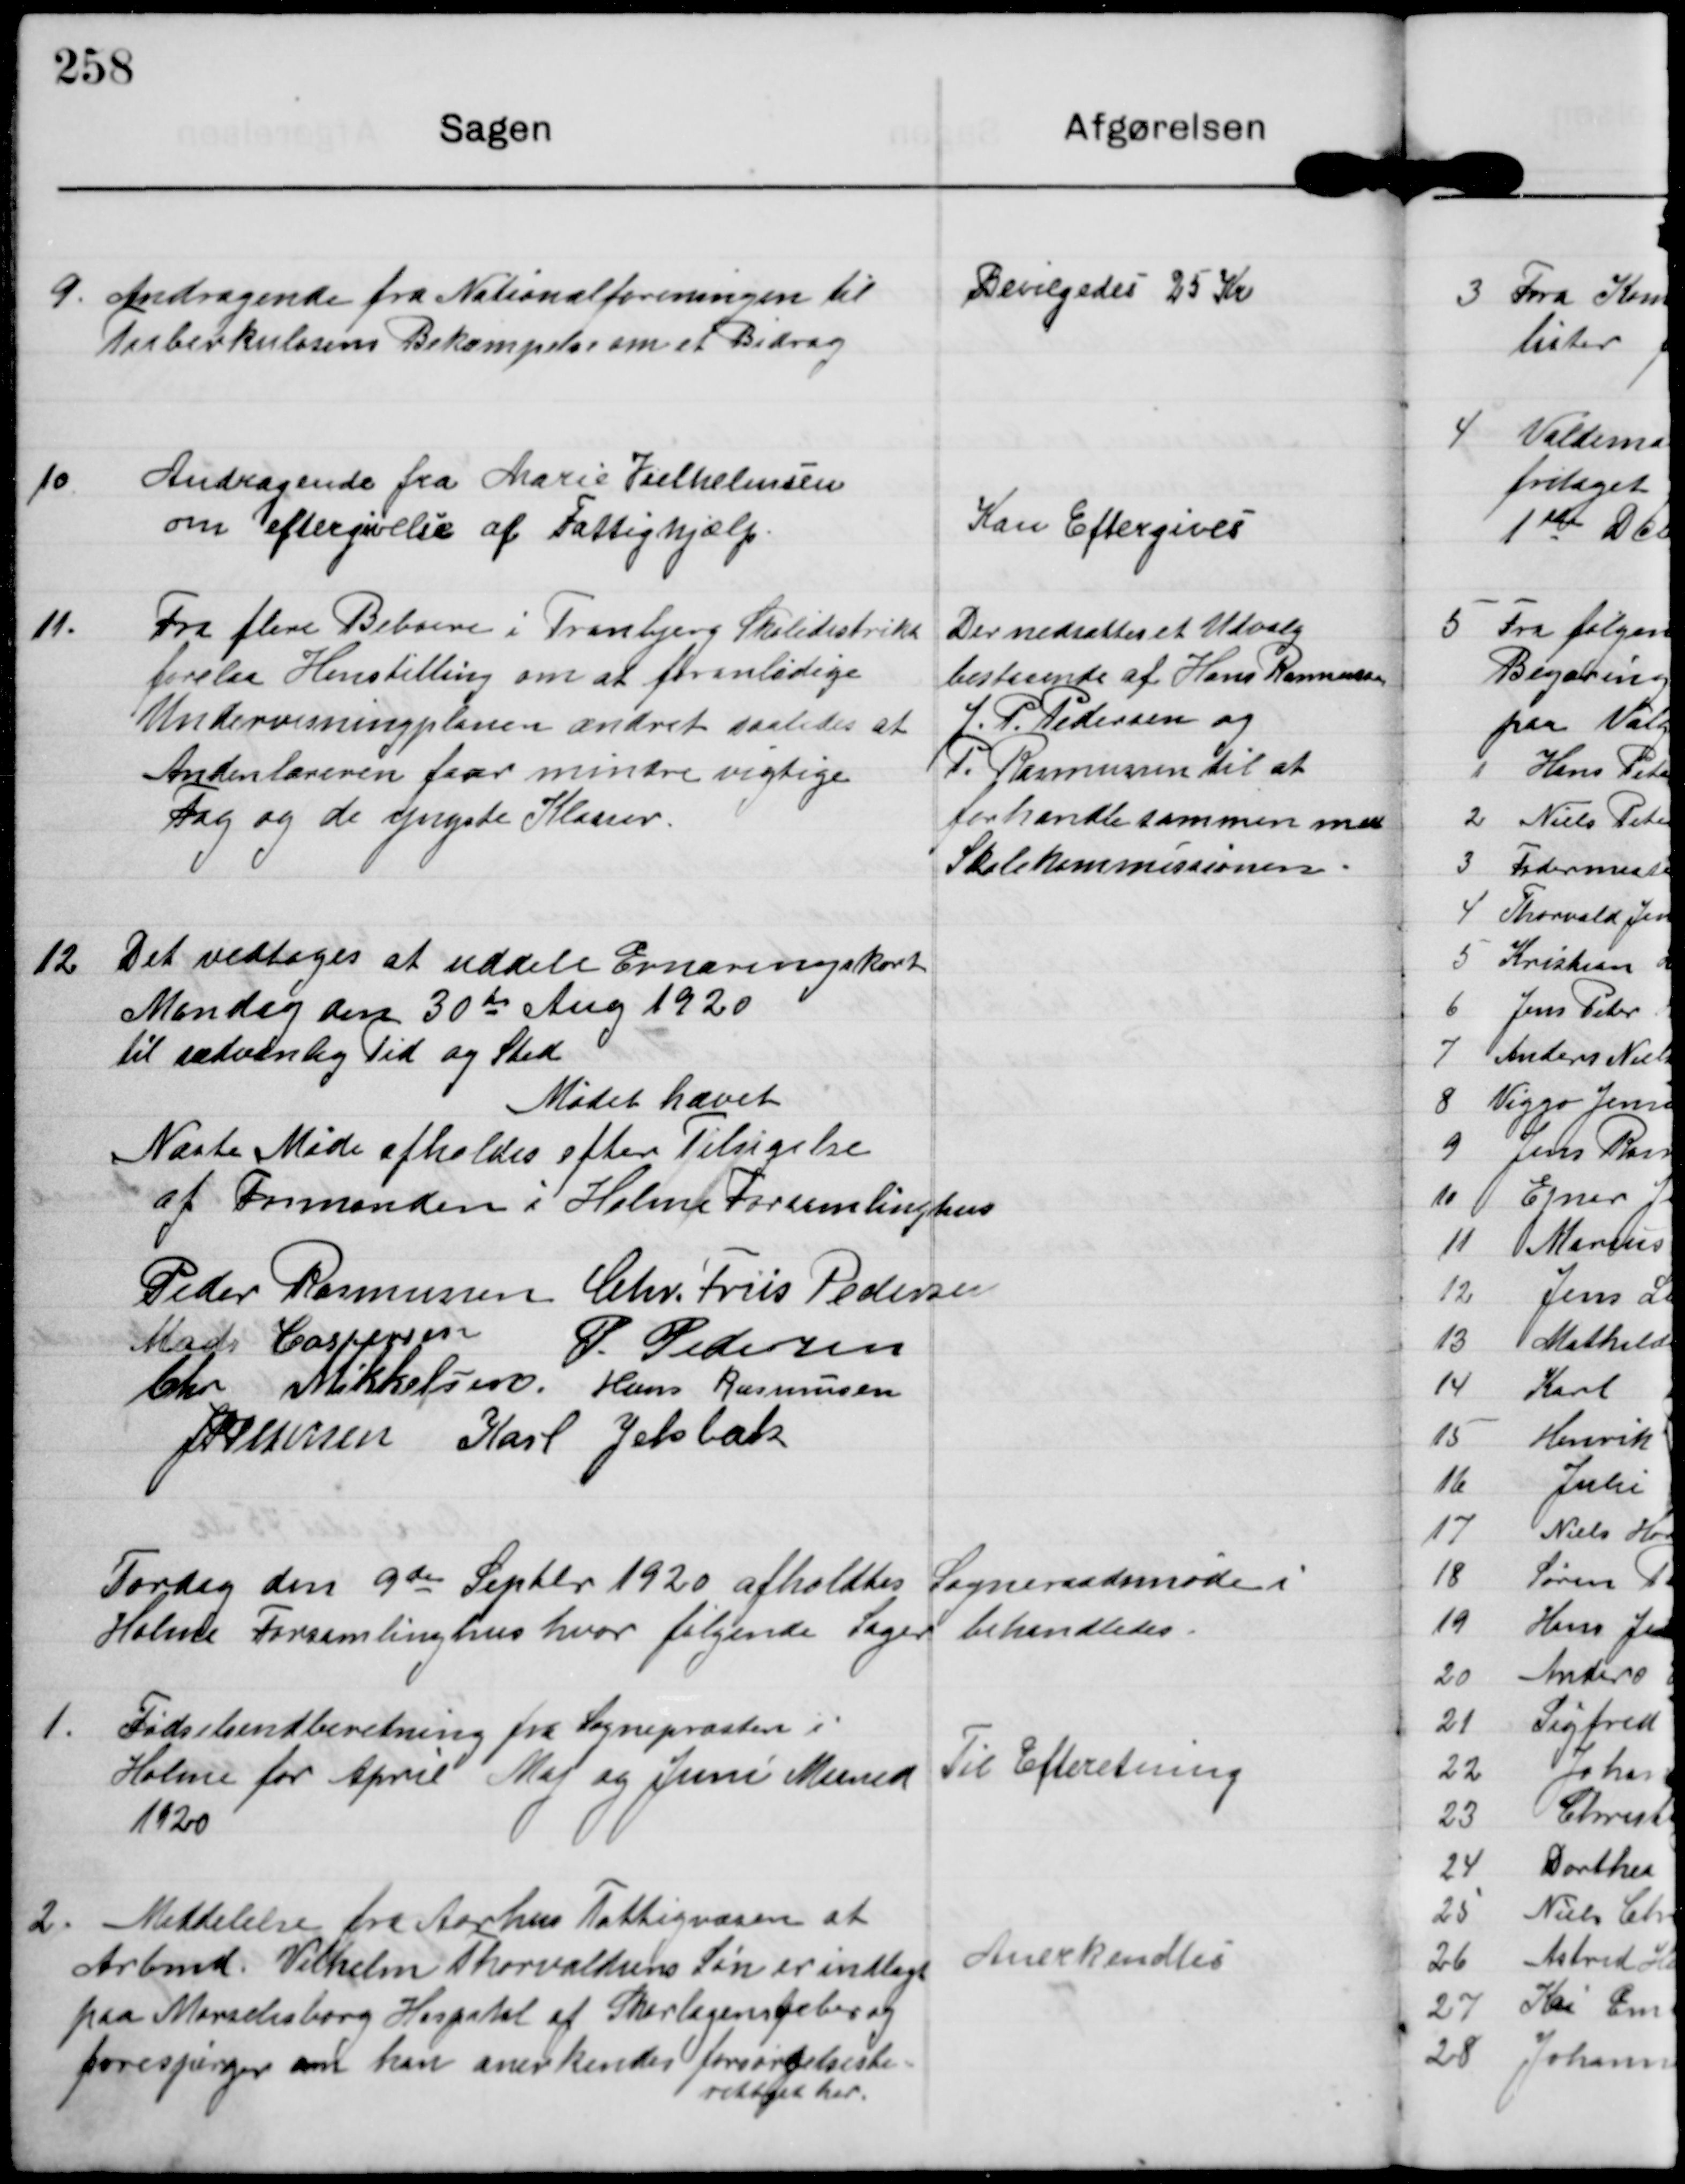
Transskription:
9.

Andragende fra Nationalforeningen til
Tuberkulosens Bekæmpelse om et Bidrag

Bevilgedes 25 Kr

10

Andragende fra Marie Vielhelmsen
om eftergivelse af Fattighjælp.

Kan Eftergives

11.

Fra flere Beboere i Tranbjerg Skoledistrikt
forelaa Henstilling om at foranledige
Undervisningplanen ændret saaledes at
Andenlæreren faar mindre vigtige
Fag og de yngste Klasser.

Der nedsattes et Udvalg
bestaaende af Hans Rasmussen
J. P. Pedersen og
P. Rasmussen til at
forhandle sammen med
Skolekommissionen

12

Det vedtoges at uddele Ernæringskort
Mandag den 30te Aug 1920
til sædvanlig Tid og Sted

Mødet hævet

Næste Møde afholdes efter tilsigelse
af Formanden i Holme Forsamlinghus

Peder Rasmussen Chr. Friis Pedersen
Mads Caspersen P. Pedersen
Chr Mikkelsen Hans Rasmussen
JP Pedersen Karl Jelsbak

Tordag den 9de Septbr 1920 afholdtes Sogneraadsmøde i
Holme Forsamlinghus hvor følgende Sager behandledes.

1.

Fødselindberetning fra Sognepræsten i
Holme for April Maj og Juni Maaned
1920

Til Efteretning

2.

Meddelelse fra Aarhus Fattigvæsen at
Arbmd Vilhelm Thorvaldsens Søn er indlagt
paa Marselisborg Hospital af Skarlagenfeber og
forespørger om han anerkendes forsørgelsesbe-
rettiget her

Anerkendtes